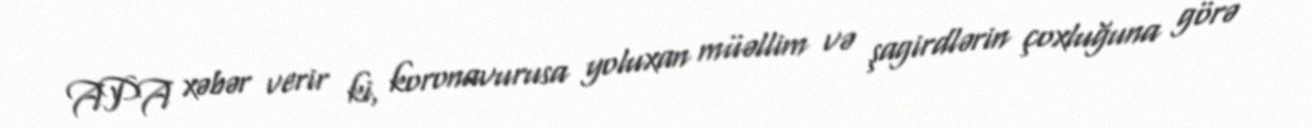
APA xəbər verir ki, koronavurusa yoluxan müəllim və şagirdlərin çoxluğuna görə